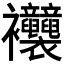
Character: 𧟞